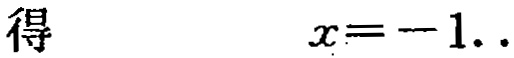
得 \(\quad x = - 1..\)